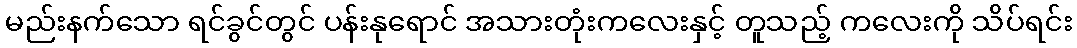
မည်းနက်သော ရင်ခွင်တွင် ပန်းနုရောင် အသားတုံးကလေးနှင့် တူသည့် ကလေးကို သိပ်ရင်း